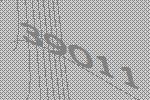
39011